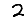
Digit: 2